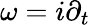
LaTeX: \omega=i\partial_{t}